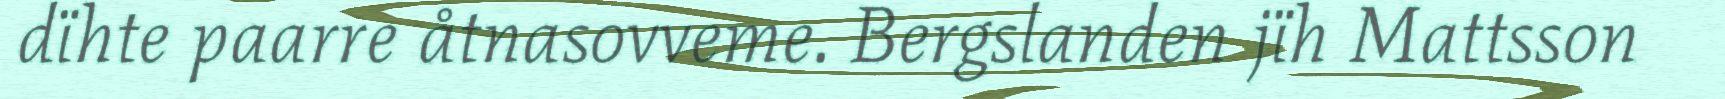
dïhte paarre åtnasovveme. Bergslanden jïh Mattsson